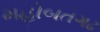
મહોબતગઢ